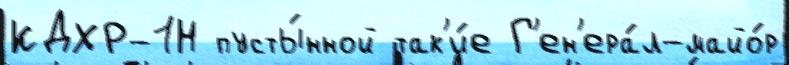
КДХР-1Н пусты́нной так'и́е Г'ен'ера́л-майо́р